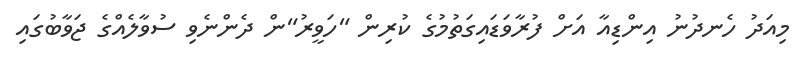
މިއަދު ހެނދުނު އިންޑިއާ އަށް ފުރާވަޑައިގަތުމުގެ ކުރިން "ހަވީރު"ން ދެންނެވި ސުވާލެއްގެ ޖަވާބުގައި